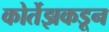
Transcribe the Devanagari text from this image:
कोर्तेझकडून